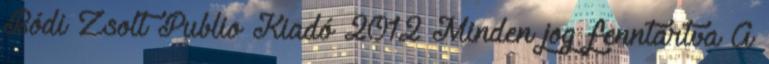
Bódi Zsolt Publio Kiadó 2012 Minden jog fenntartva A